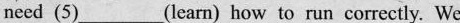
need (5)___(learn) how to run correctly. We